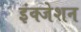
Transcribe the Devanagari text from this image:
इंक्जेशन